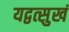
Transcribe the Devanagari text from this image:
यद्वत्सुखं